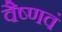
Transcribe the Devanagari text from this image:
वैष्णवं